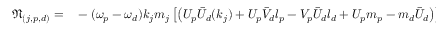
\begin{array} { r l } { \mathfrak { N } _ { ( j , p , d ) } = } & { { } - { ( \omega _ { p } - \omega _ { d } ) k _ { j } m _ { j } } \left[ \left( U _ { p } \bar { U } _ { d } ( k _ { j } ) + U _ { p } \bar { V } _ { d } l _ { p } - V _ { p } \bar { U } _ { d } l _ { d } + U _ { p } m _ { p } - m _ { d } \bar { U } _ { d } \right) \right] } \end{array}